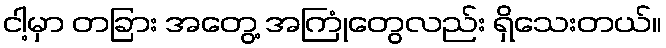
ငါ့မှာ တခြား အတွေ့ အကြုံတွေလည်း ရှိသေးတယ်။